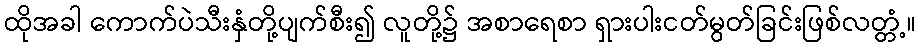
ထိုအခါ ကောက်ပဲသီးနှံတို့ပျက်စီး၍ လူတို့၌ အစာရေစာ ရှားပါးငတ်မွတ်ခြင်းဖြစ်လတ္တံ့။